Annual report on the working of the lock hospitals in the Central Provinces
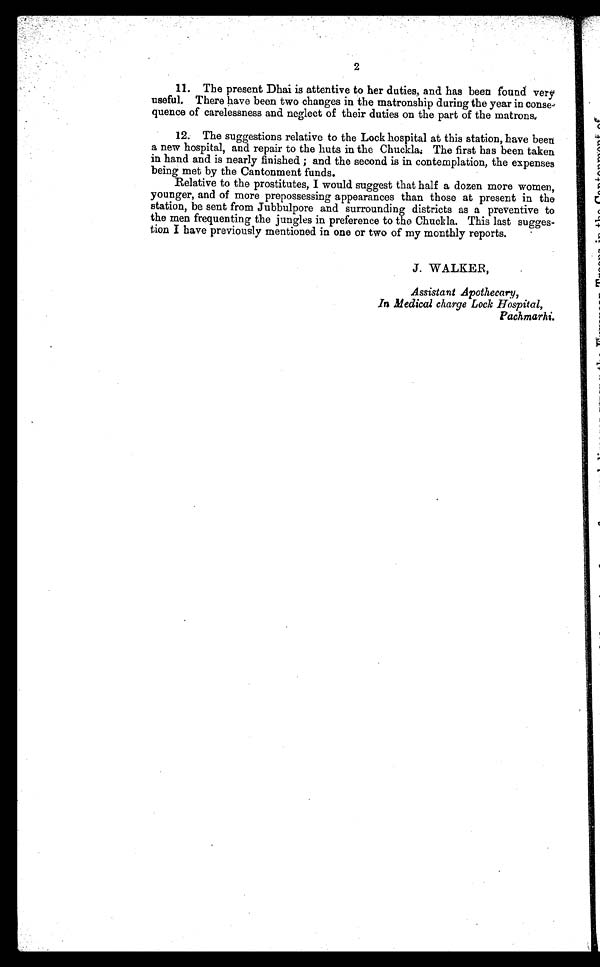
2
11. The present Dhai is attentive to her duties, and. has been found very
useful. There have been two changes in the matronship during the year in conse
quence of carelessness and neglect of their duties on the part of the matrons.
12. The suggestions relative to the Lock hospital at this station, have been
a new hospital, and repair to the huts in the Chuckla: The first has been taken
in hand and is nearly finished ; and the second is in contemplation, the expenses
being met by the Cantonment funds.
Relative to the prostitutes, I would suggest that half a dozen more women,
younger, and of more prepossessing appearances than those at present in the
station, be sent from Jubbulpore and surrounding districts as a preventive to
the men frequenting the jungles in preference to the Chuckla. This last sugges-
tion I have previously mentioned in one or two of my monthly reports.
J. WALKER,
Assistant Apothecary,
In Medical charge Lock Hospital,
Pachmarhi.